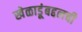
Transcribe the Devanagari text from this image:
खेळाडूंबद्दलची